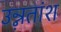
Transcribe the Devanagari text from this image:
उन्ऩतांश